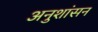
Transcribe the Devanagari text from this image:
अनुशांसन